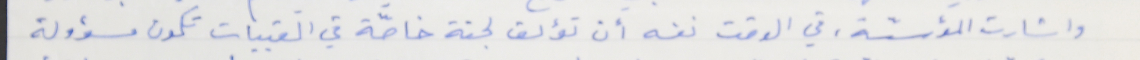
واشارت المؤسّسة، في الوقت نفسه أن تؤلف لجنة خاصّة في القبيات تكون مسؤولة